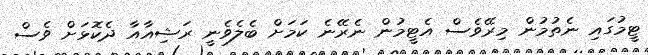
ޓީމުގައި ނެތުމުން މިރޭވެސް އެޓީމުން ނެރޭނެ ކަމަށް ބެލެވެނީ ރަޝިއާއާ ދެކޮޅަށް ވެސް